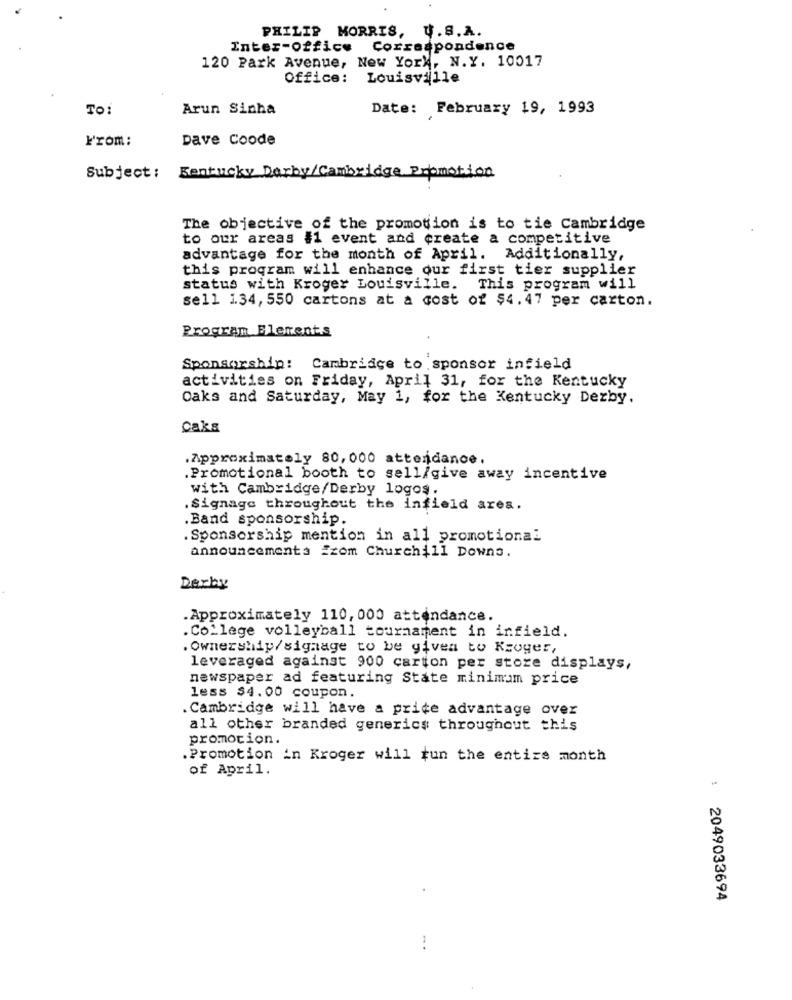
PHILIP MORRIS, U. S.A.
Inter-office Correspondence
120 Park Avenue, New York, N.Y. 10017
Office: Louisville
To:
Arun Sinha
Date: February 19, 1993
From:
Dave Coode
Kentucky Darby/Cambridge Promotion
Subject :
The objective of the promotion is to tie Cambridge
to our areas #1 event and create a competitive
advantage for the month of April. Additionally,
this program will enhance our first tier supplier
status with Kroger Louisville. This program will
sell 134, 550 cartons at a cost of $4.47 per carton.
Program Elements
Sponsorship: Cambridge to sponsor infield
activities on Friday, April 31, for the Kentucky
Oaks and Saturday, May 1, for the Kentucky Derby.
cake
Approximately 80, 000 attendance,
.Promotional booth to sell/give away incentive
with Cambridge/Derby logos.
Signage throughout the infield ares.
.Band sponsorship.
. Sponsorship mention in all promotional
announcements izom Churchill Downs.
Derby
.Approximately 110, 000 attendance.
. College volleyball tournament in infield.
. Ownership/signage to be given to Kroger,
leveraged against 900 carton per store displays,
newspaper ad featuring State minimum price
less $4.00 coupon.
.Cambridge will have a price advantage over
all other branded generics throughout this
promotion.
.Promotion in Kroger will tun the entire month
of April.
: 2049033694
...